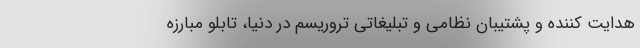
هدایت کننده و پشتیبان نظامی و تبلیغاتی تروریسم در دنیا، تابلو مبارزه